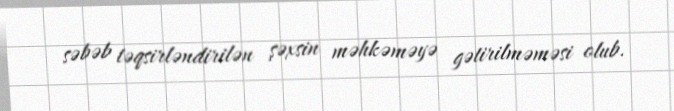
səbəb təqsirləndirilən şəxsin məhkəməyə gətirilməməsi olub.